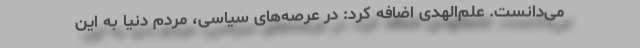
می‌دانست. علم‌الهدی اضافه کرد: در عرصه‌های سیاسی، مردم دنیا به این